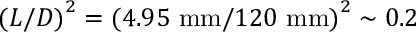
{ ( L / D ) } ^ { 2 } = { ( 4 . 9 5 ~ \mathrm { m m } / 1 2 0 ~ \mathrm { m m } ) } ^ { 2 } \sim 0 . 2 \